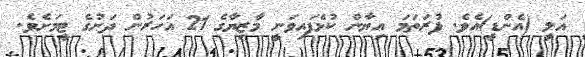
އަލީ (އެންޑީ)އެވެ. ފުރަތަމަ އިޔާން ކުޅެފައިވަނީ މާޒިޔާގެ 21 އަހަރުން ދަށުގެ ޓީމަށެވެ.